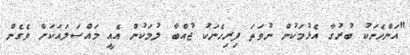
"އަންހެނަކު ބުރުގާ އެޅުމަކުން ނުވަތަ ފިރިހެނަކު ޖުއްބާ ލުމަކުން އެއީ މައްސަލައަކަށް ވެގެން